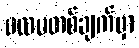
ပထမတစ်ချက်မှာ